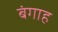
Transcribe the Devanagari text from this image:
बंगाह